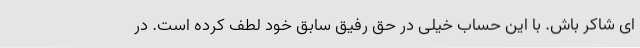
ای شاکر باش. با این حساب خیلی در حق رفیق سابق خود لطف کرده است. در